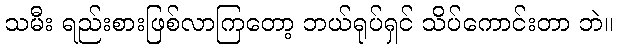
သမီး ရည်းစားဖြစ်လာကြတော့ ဘယ်ရုပ်ရှင် သိပ်ကောင်းတာ ဘဲ။